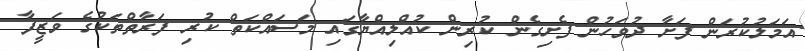
އަމަލުކުރަން ފަށާ ދުވަހުން ފެށިގެން ކުރިން ކުއްލިއްޔާގައި މަސައްކަތް ކުރި ފަރާތްތަކުގެ ވަޒީފާ